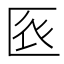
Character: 𠤺